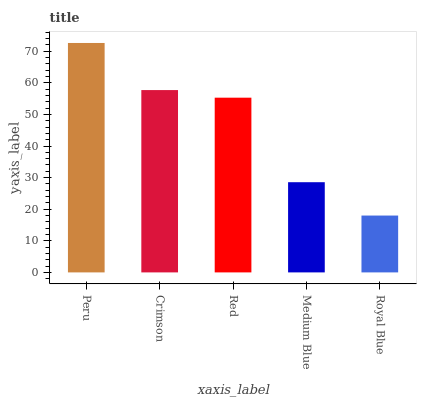
| xaxis_label | bars |
 | --- | --- |
 | Peru | 72.6 |
 | Crimson | 57.7 |
 | Red | 55.3 |
 | Medium Blue | 28.5 |
 | Royal Blue | 18 |